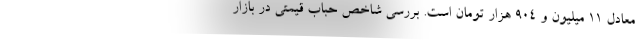
معادل ۱۱ میلیون و ۹۰۴ هزار تومان است. بررسی شاخص حباب قیمتی در بازار